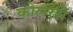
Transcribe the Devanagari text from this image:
कोलस्त्री